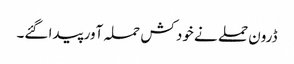
ڈرون حملے نے خود کش حملہ آور پیدا گئے۔